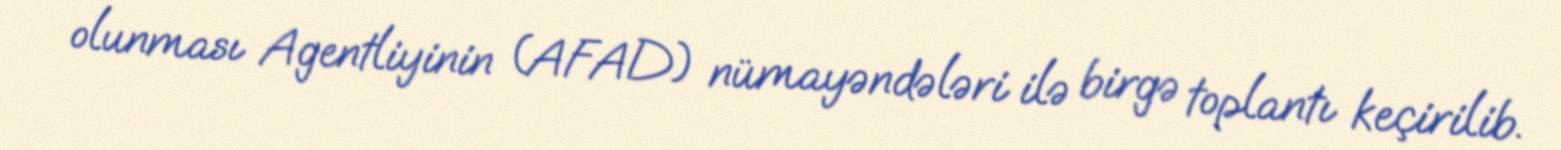
olunması Agentliyinin (AFAD) nümayəndələri ilə birgə toplantı keçirilib.